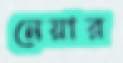
নেয়ার